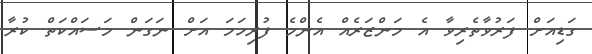
ގަޑިއަށް ފަރުވާތެރިވާ އެ މަންޒަރެއް އެންމެ ފުރިހަމަ އަށް ނަގަން މަސައްކަތް ކުރާ